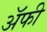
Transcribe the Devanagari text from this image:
अॅफी